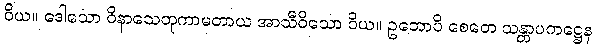
ဝိယ။ ဒေါသော ဝိနာသေတုကာမတာယ အာသီဝိသော ဝိယ။ ဥဘောပိ စေတေ သန္တာပကဋ္ဌေန